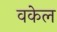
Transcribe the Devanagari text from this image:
वकेल